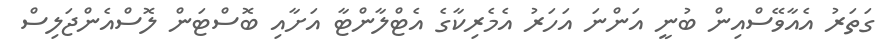
ގަތަރު އެއާވޭސްއިން ބުނީ އަންނަ އަހަރު އެމެރިކާގެ އެޓްލާންޓާ އަށާއި ބޮސްޓަން ލޮސްއެންޖަލިސް